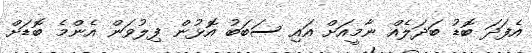
އެފަދަ ބޮޑު ބަދަލެއް ނާމީއަށް އައި ސަބަބު އޮޅުން ފިލުވަން އެންމެ ބޮޑަށް